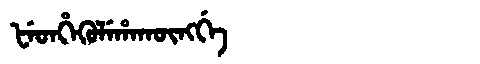
Manchu: ᡶᡝᡨᡥᡝᡴᡠᠯᡝᡥᠠᡴᡡᠩᡤᡝ
Romanization: FETHEKULEHAKŪNGGE